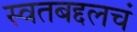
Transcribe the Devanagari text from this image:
स्वतबद्दलचं